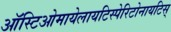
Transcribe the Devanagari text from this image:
ऑस्टिओमायेलायटिस्पेरिटोनायटिस्